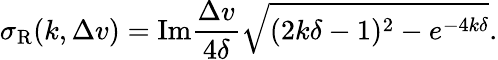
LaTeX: \sigma_{\mathrm{R}}(k,\Delta v)=\mathrm{Im}\frac{\Delta v}{4\delta}\sqrt{(2k\delta-1)^{2}-e^{-4k\delta}}.